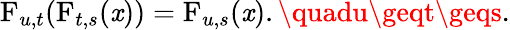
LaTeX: \operatorname{F}_{u,t}(\operatorname{F}_{t,s}(\mathit{x}))=\operatorname{F}_{u,s}(\mathit{x}).\quadu\geqt\geqs.